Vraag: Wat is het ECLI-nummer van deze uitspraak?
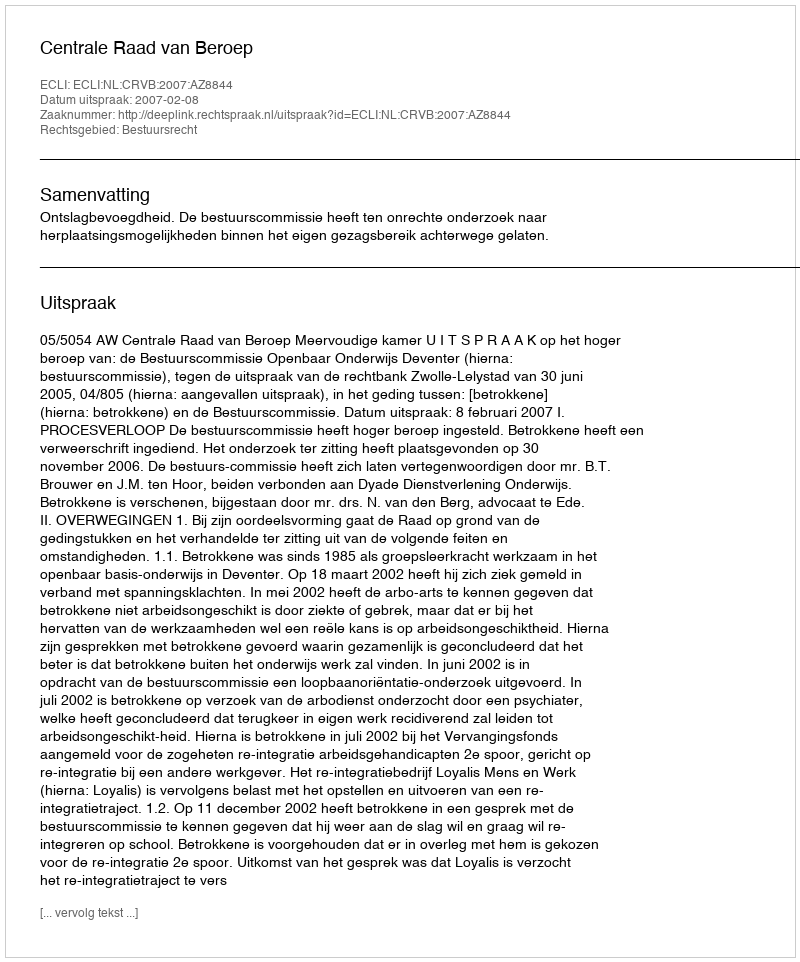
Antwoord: ECLI:NL:CRVB:2007:AZ8844